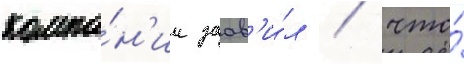
компа́н'ии заав'и́л / что́